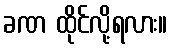
ခဏ ထိုင်လို့ရလား။